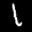
Label: 1